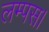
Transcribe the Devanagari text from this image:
लम्पस।